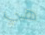
هي